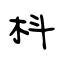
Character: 枓